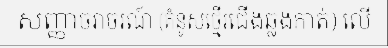
សញ្ញាចរាចរណ៍ (គំនូសថ្មើរជើងឆ្លងកាត់) លើ